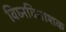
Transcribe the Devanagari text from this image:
विघ्नविनाशक